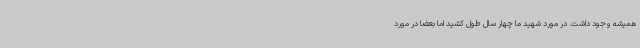
همیشه وجود داشت. در مورد شهید ما چهار سال طول کشید اما بعضا در مورد